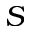
S